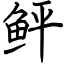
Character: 鲆